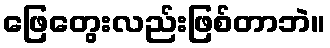
ဖြေတွေးလည်းဖြစ်တာဘဲ။